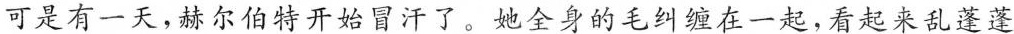
可是有一天，赫尔伯特开始冒汗了。她全身的毛纠缠在一起，看起来乱蓬蓬